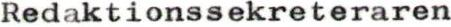
Redaktionssekreteraren